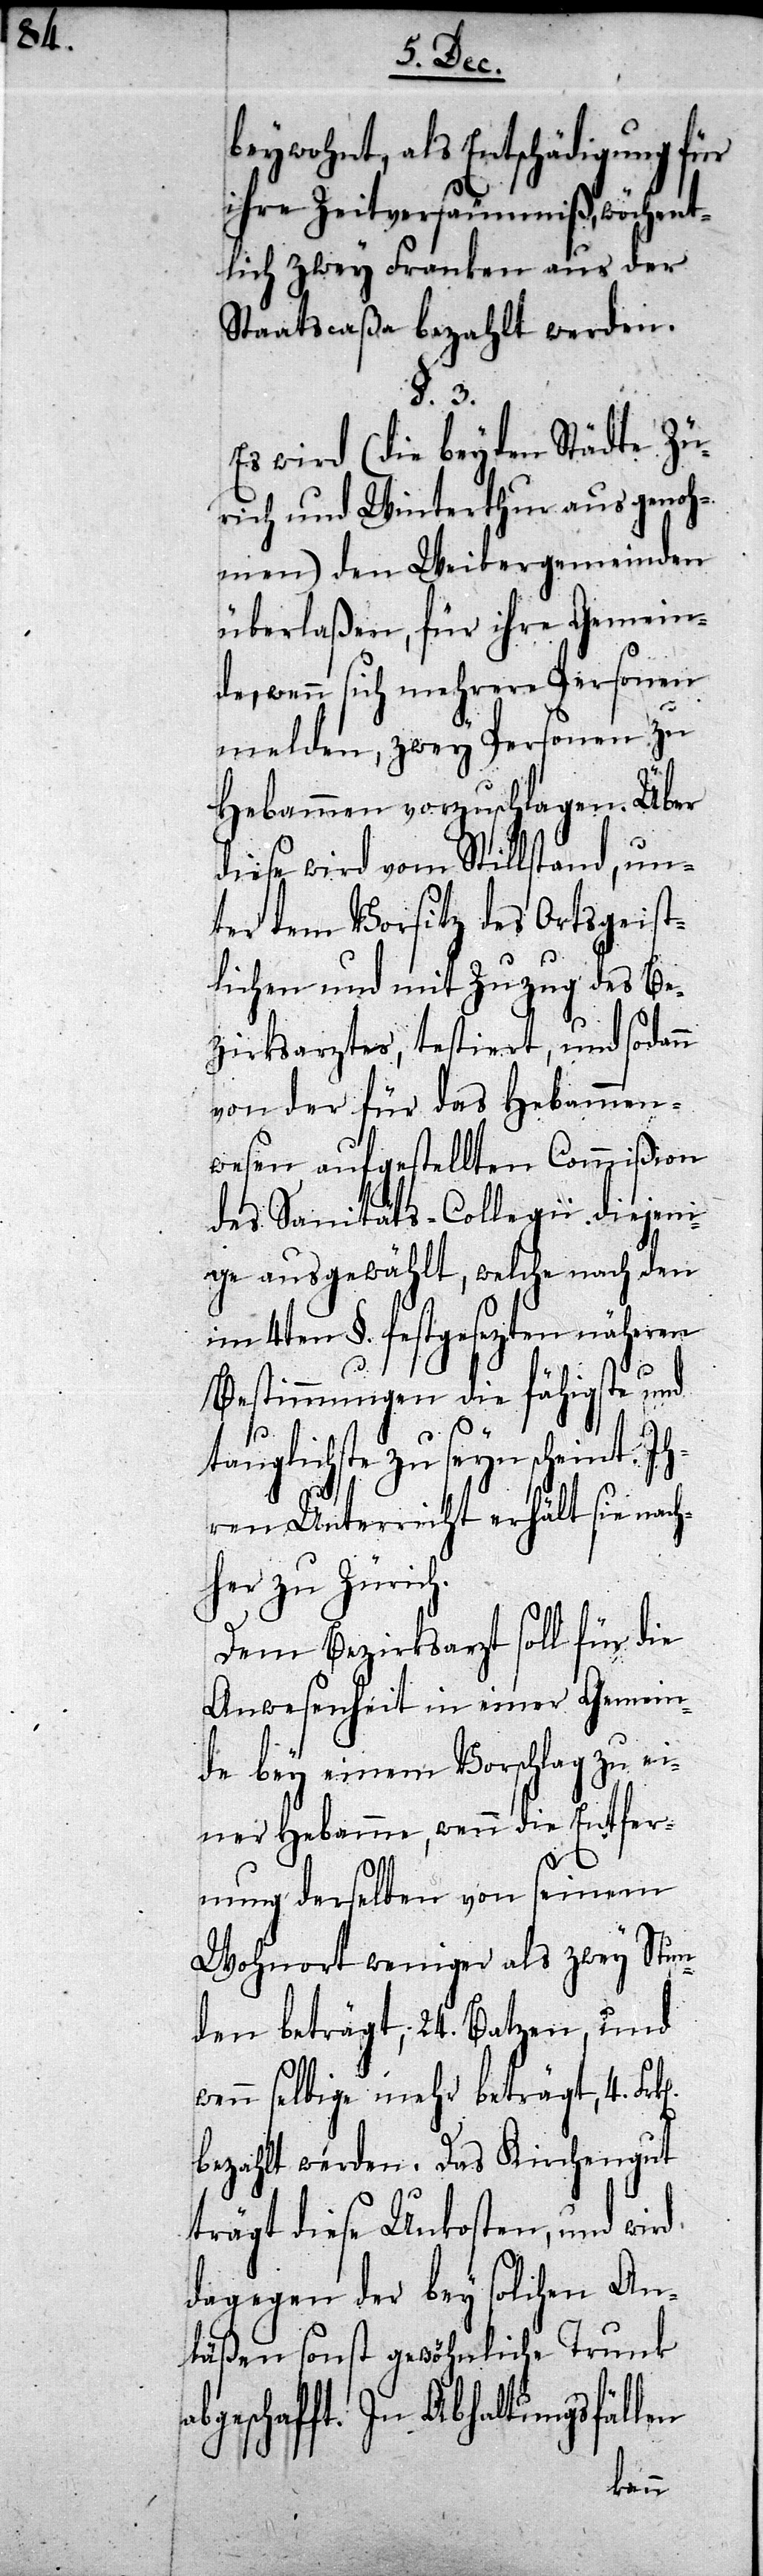
ab¬

beywohnt, als Entschädigung für
ihre Zeitversäumniß, wöchent¬
lich zwey Franken aus der
Staatscaßa bezahlt werden.
§. 3.
Es wird (die beyden Städte Zü¬
rich und Winterthur ausgenoh¬
men) den Weibergemeinden
überlaßen, für ihre Gemein¬
de, wenn sich mehrere Personen
melden, zwey Personen zu
Hebammen vorzuschlagen. Über
diese wird vom Stillstand, un¬
ter dem Vorsitz des Ortsgeist¬
lichen und mit Zuzug des Be¬
zirksarztes, testiert, und sodann
von der für das Hebammen¬
wesen aufgestellten Commißion
des Sanitäts-Collegii diejeni¬
ge ausgewählt, welche nach den
im 4ten §. festgesezten näheren
Bestimmungen die fähigste und
tauglichste zu seyn scheint.
ren Unterricht erhält sie nach¬
her zu Zürich.
Dem Bezirksarzt soll für die
Anwesenheit in einer Gemein¬
de bey einem Vorschlag zu ei¬
ner Hebamme, wenn die Entfer¬
nung derselben von seinem
Wohnort weniger als zwey Stun¬
den beträgt, 24. Batzen, und
n selbige mehr beträgt, 4. Fr¬
bezahlt werden. Das Kirchengut
trägt diese Unkosten, und wird
dagegen der bey solchen An¬
läßen sonst gewöhnliche Trunk
geschafft. In Abhaltungsfäl¬
len